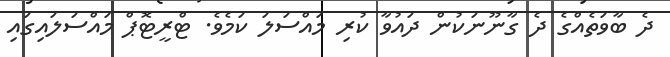
ދެ ބާވަތެއްގެ ދެ ގާނޫނަކުން ދައުވާ ކުރި މައްސަލަ ކަމެވެ. ޓްރީޓޮޕް މައްސަލައިގައި